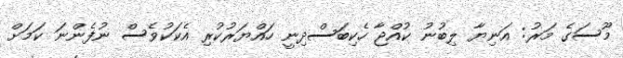
މޫސަގެ މަރު: އަނިޔާ ލިބުނު ކުއްޖާ ހެކިބަސްދިނީ ހައްޔަރުކުރި އެކަކުވެސް ނުފެންނަ ކަމަށް